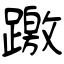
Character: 躈